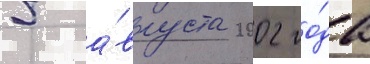
5 а́вгуста 2002 го́да